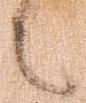
之